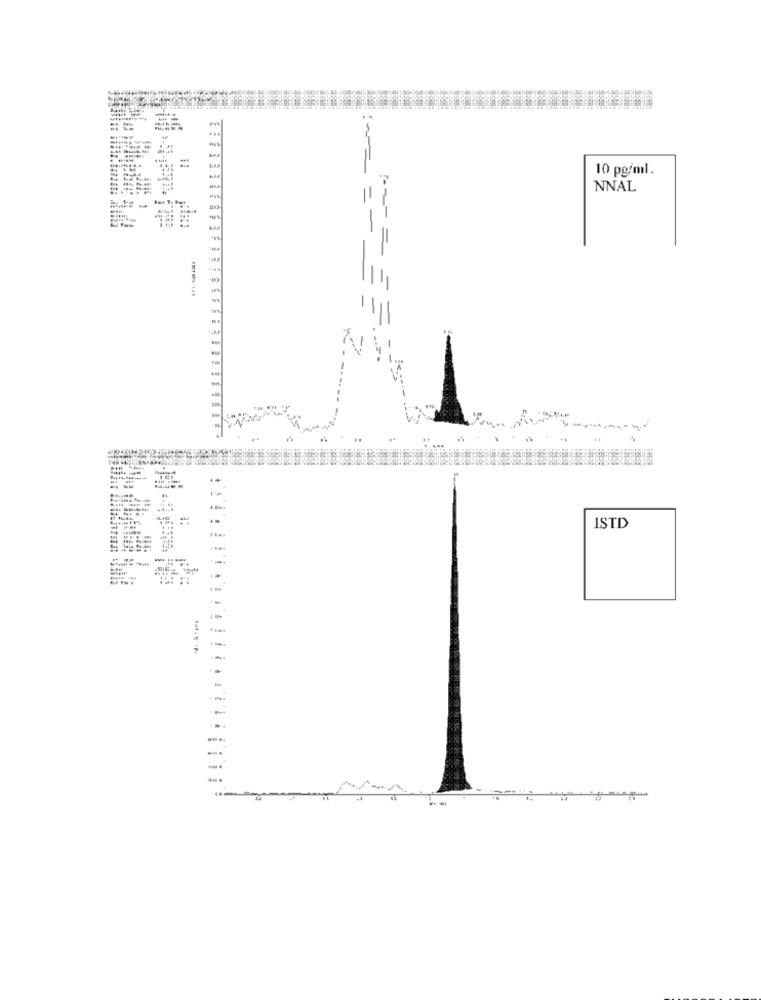
=
10 pg/ml.
NNAL
=
-
==- = =
1
..
ISTD
i